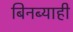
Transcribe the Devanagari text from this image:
बिनब्याही